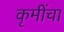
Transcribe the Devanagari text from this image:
कृमींचा